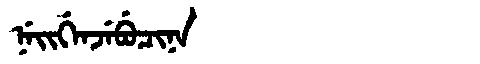
Manchu: ᠨᡝᡳᡤᡝᠨᠵᡝᠪᡠᠴᡳᠨᠠ
Romanization: NEIGENJEBUCINA